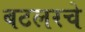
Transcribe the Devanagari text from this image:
बटलरचे